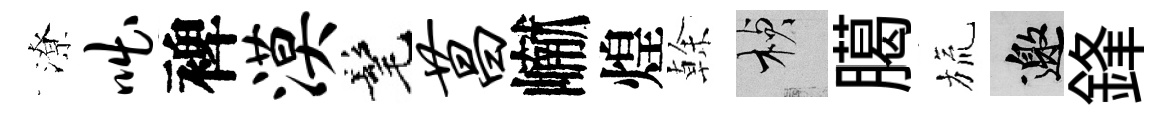
潦咄裨漠髦菖𪩘煌𠏉楨臈旒邀鋒